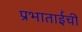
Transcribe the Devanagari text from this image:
प्रभाताईंची